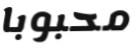
محبوبا